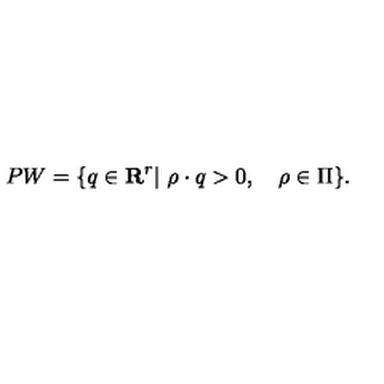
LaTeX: P W = \{ q \in { \bf R } ^ { r } | \ \rho \cdot q > 0 , \quad \rho \in \Pi \} .